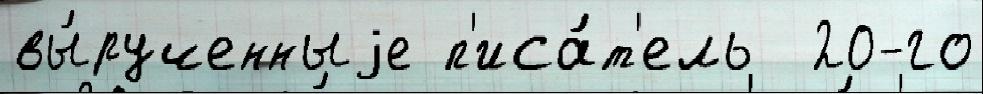
вы́рученныjе п'иса́т'ель  20-го